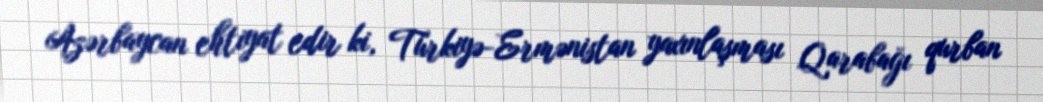
Azərbaycan ehtiyat edir ki, Türkiyə-Ermənistan yaxınlaşması Qarabağı qurban